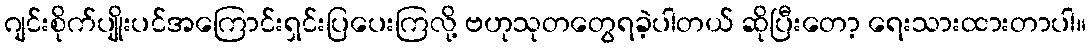
ဂျင်းစိုက်ပျိုးပင်အကြောင်းရှင်းပြပေးကြလို့ ဗဟုသုတတွေရခဲ့ပါတယ် ဆိုပြီးတော့ ရေးသားထားတာပါ။